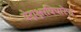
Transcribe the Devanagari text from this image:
वेदाक्षरविचारेण